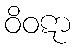
ဝိဝဋာ